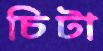
চিটা